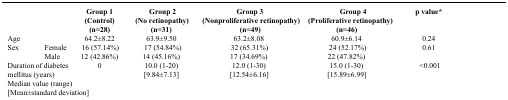
| <COLSPAN=2>  | Group 1 (Control) (n=28) | Group 2(No retinopathy) (n=31) | Group 3 (Nonproliferative retinopathy) (n=49) | Group 4 (Proliferative retinopathy) (n=46) | p value* |
 | --- | --- | --- | --- | --- | --- | --- |
 | <COLSPAN=2> Age | 64.2±8.22 | 63.9±9.50 | 63.2±8.08 | 60.9±6.14 | 0.24 |
 | <ROWSPAN=2> Sex | Female | 16 (57.14%) | 17 (54.84%) | 32 (65.31%) | 24 (52.17%) | 0.61 |
 | Male | 12 (42.86%) | 14 (45.16%) | 17 (34.69%) | 22 (47.82%) |  |
 | <COLSPAN=2> Duration of diabetes mellitus (years) Median value (range) [Mean±standard deviation] | 0 | 10.0 (1-20) [9.84±7.13] | 12.0 (1-30) [12.54±6.16] | 15.0 (1-30) [15.89±6.99] | <0.001 |